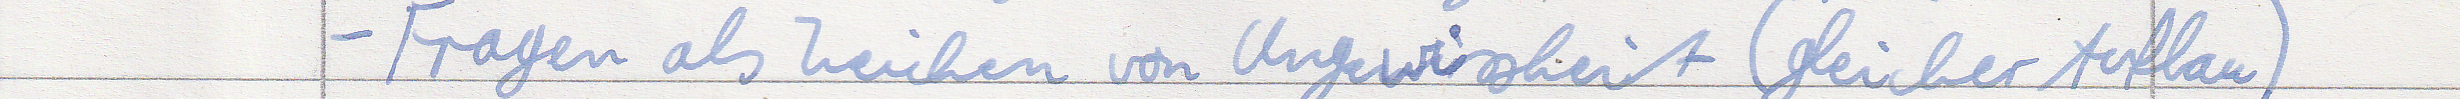
- Fragen als Zeichen von Ungewissheit (gleicher Aufbau)